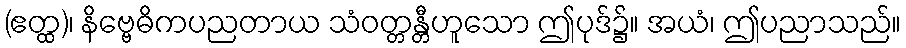
(ဧတ္ထ)၊ နိဗ္ဗေဓိကပညတာယ သံဝတ္တန္တီဟူသော ဤပုဒ်၌။ အယံ၊ ဤပညာသည်။